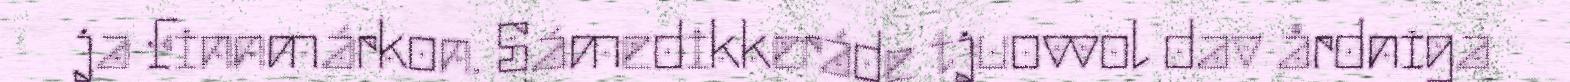
ja Finnmárkon. Sámedikkeráde tjuovvol dav årdniga